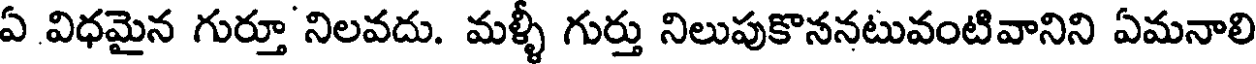
ఏ విధమైన గుర్తూ నిలవదు. మళ్ళీ గుర్తు నిలుపుకొననటువంటివానిని ఏమనాలి